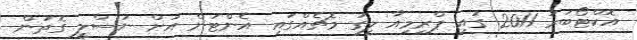
އޮކްޓޯބަރު 2011 ގައި ޕްރިމިއާ ލީގު މެޗެއްގައި އެންޓަން އަށް ނަސްލީ ގޮތުން